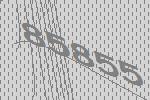
85855